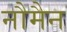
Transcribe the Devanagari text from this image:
नौमैन